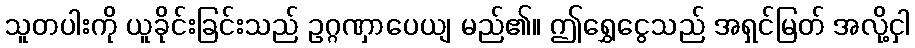
သူတပါးကို ယူခိုင်းခြင်းသည် ဥဂ္ဂဏှာပေယျ မည်၏။ ဤရွှေငွေသည် အရှင်မြတ် အလို့ငှါ